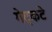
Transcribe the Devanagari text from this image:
गेट्कटे